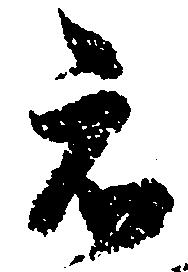
被